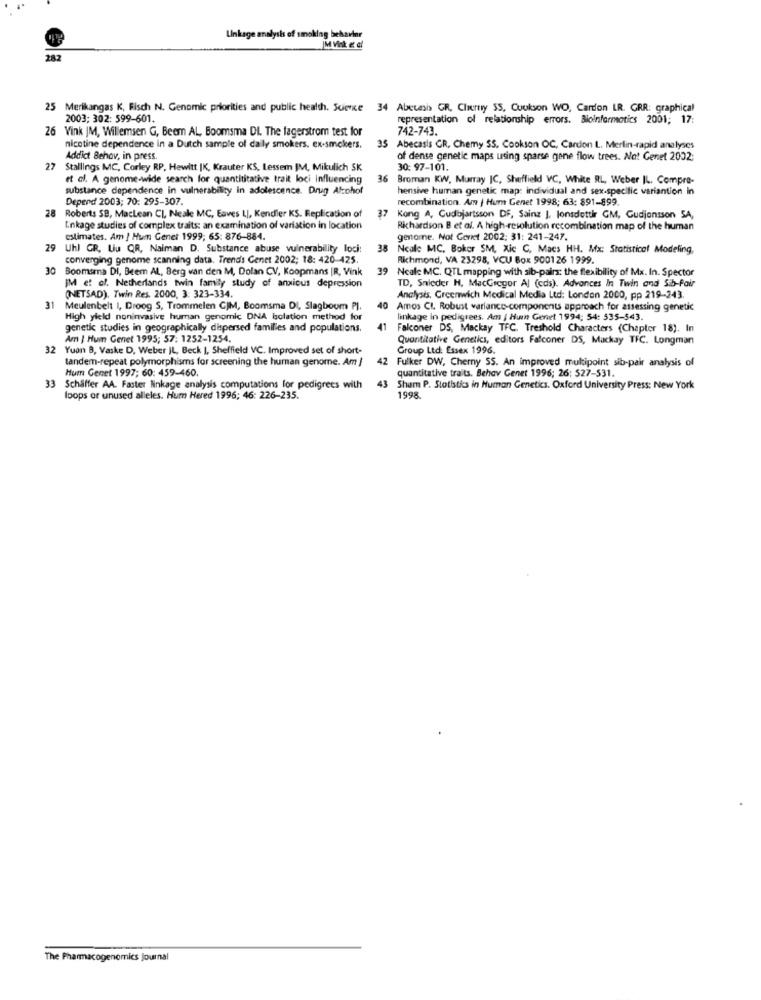
Linkage analysis of smoking behavior
282
25
Merikangas K, Fisch N. Genomic priorities and public health. Science 34 Abecasis GR, Cherry 55, Coukson WO, Cardon LR. GRR: graphical
2003; 302: 599-601.
representation of relationship errors. Bioinformatics 2001; 17:
26 Vink |M, Willemsen G, Beem AL, Boomsma DI. The fagerstrom test for
742-743.
nicotine dependence in a Dutch sample of daily smokers. ex-smokers.
35 Abecasis CR, Chemy SS. Cookson OC, Cardon L. Merlin-rapid analyses
Addict Behov, in press.
of dense genetic maps using sparse gene flow trees. No! Genet 2002;
27
Stallings MC, Corley RP, Hewitt IK, Krauter KS, Lessem IM, Mikulich SK
30: 97-101.
et al. A genome-wide search for quantititative trait loci influencing
36
Broman KW, Murray IC, Sheffield VC, White RL, Weber IL. Compra-
substance dependence in vulnerability in adolescence. Drug Alcohol
hensive human genetic map: individual and sex-specific variantion in
Depend 2003; 70: 295-307.
recombination. Am | Hum Genet 1998; 63: 891-899.
28
Roberts SB, Maclean CL, Neale MC, Eaves LI, Kendler KS. Replication of
37
Kong A, Cudbjartsson DF, Sainz J. Jonsdottir GM, Gudjonsson SA,
Linkage studies of complex traits: an examination of variation in location
Richardson B et al. A high-resolution recombination map of the human
estimates. Am / Hum Genet 1999; 65: 876-884.
genome. Not Geret 2002: 31: 241-247.
29
Uhl GR, Liu QR, Naiman D. Substance abuse vulnerability loci:
38
Ncale MC, Boker SM, Xic C, Macs HH. Mx: Statistical Modeling,
converging genome scanning data. Trend's Genet 2002; 18: 420-425.
Richmond, VA 23298, VCU Box 9001 26 1999.
30
Boomsma DI, Beem AL, Berg van den M, Dolan CV, Koopmans |R, Vink
39
Ncale MC. QTL mapping with sib-pairs: the flexibility of Mx. In. Spector
IM et al. Netherlands twin family study of anxious depression
TD, Snieder H, MacGregor Al (cds). Advances In Twin and Sib-Pair
31
(NETSAD), Twin Res. 2000, 3: 323-334.
Analysis, Greenwich Medical Media Ltd: London 2000, pp 219-243.
Meulenbelt I, Droog S, Trommelen CJM, Boomsma DI, Slagboom PI.
40 Amos CL. Robust variance-components approach for assessing genetic
High yield noninvasive human genomic DNA Isolation method for
linkage in pedigrees. Am | Hum Genet 1994; 54: 535-543.
genetic studies in geographically dispersed families and populations.
41
Falconer DS, Mackay TFC. Treshold Characters (Chapter 18). In
Am | Hum Genet 1995; 57: 1252-1254.
Quantitative Genetics, editors Falconer DS, Mackay TFC. Longman
32 Yuan B, Vaske D, Weber IL, Beck I, Sheffield VC. Improved set of short-
Group Ltd: Essex 1996.
tandem-repeat polymorphisms for screening the human genome. Am !
42 Fulker DW, Cherny SS. An improved multipoint sib-pair analysis of
Hum Genet 1997; 60: 459-460.
quantitative traits. Behov Genet 1996; 26: 527-531.
33 Schäffer AA. Faster Nnkage analysis computations for pedigrees with
43
Sham P. Stotistks in Human Genetics. Oxford University Press: New York
loops or unused alleles. Hum Hered 1996; 46: 226-235.
1998
The Pharmacogenomics Journal